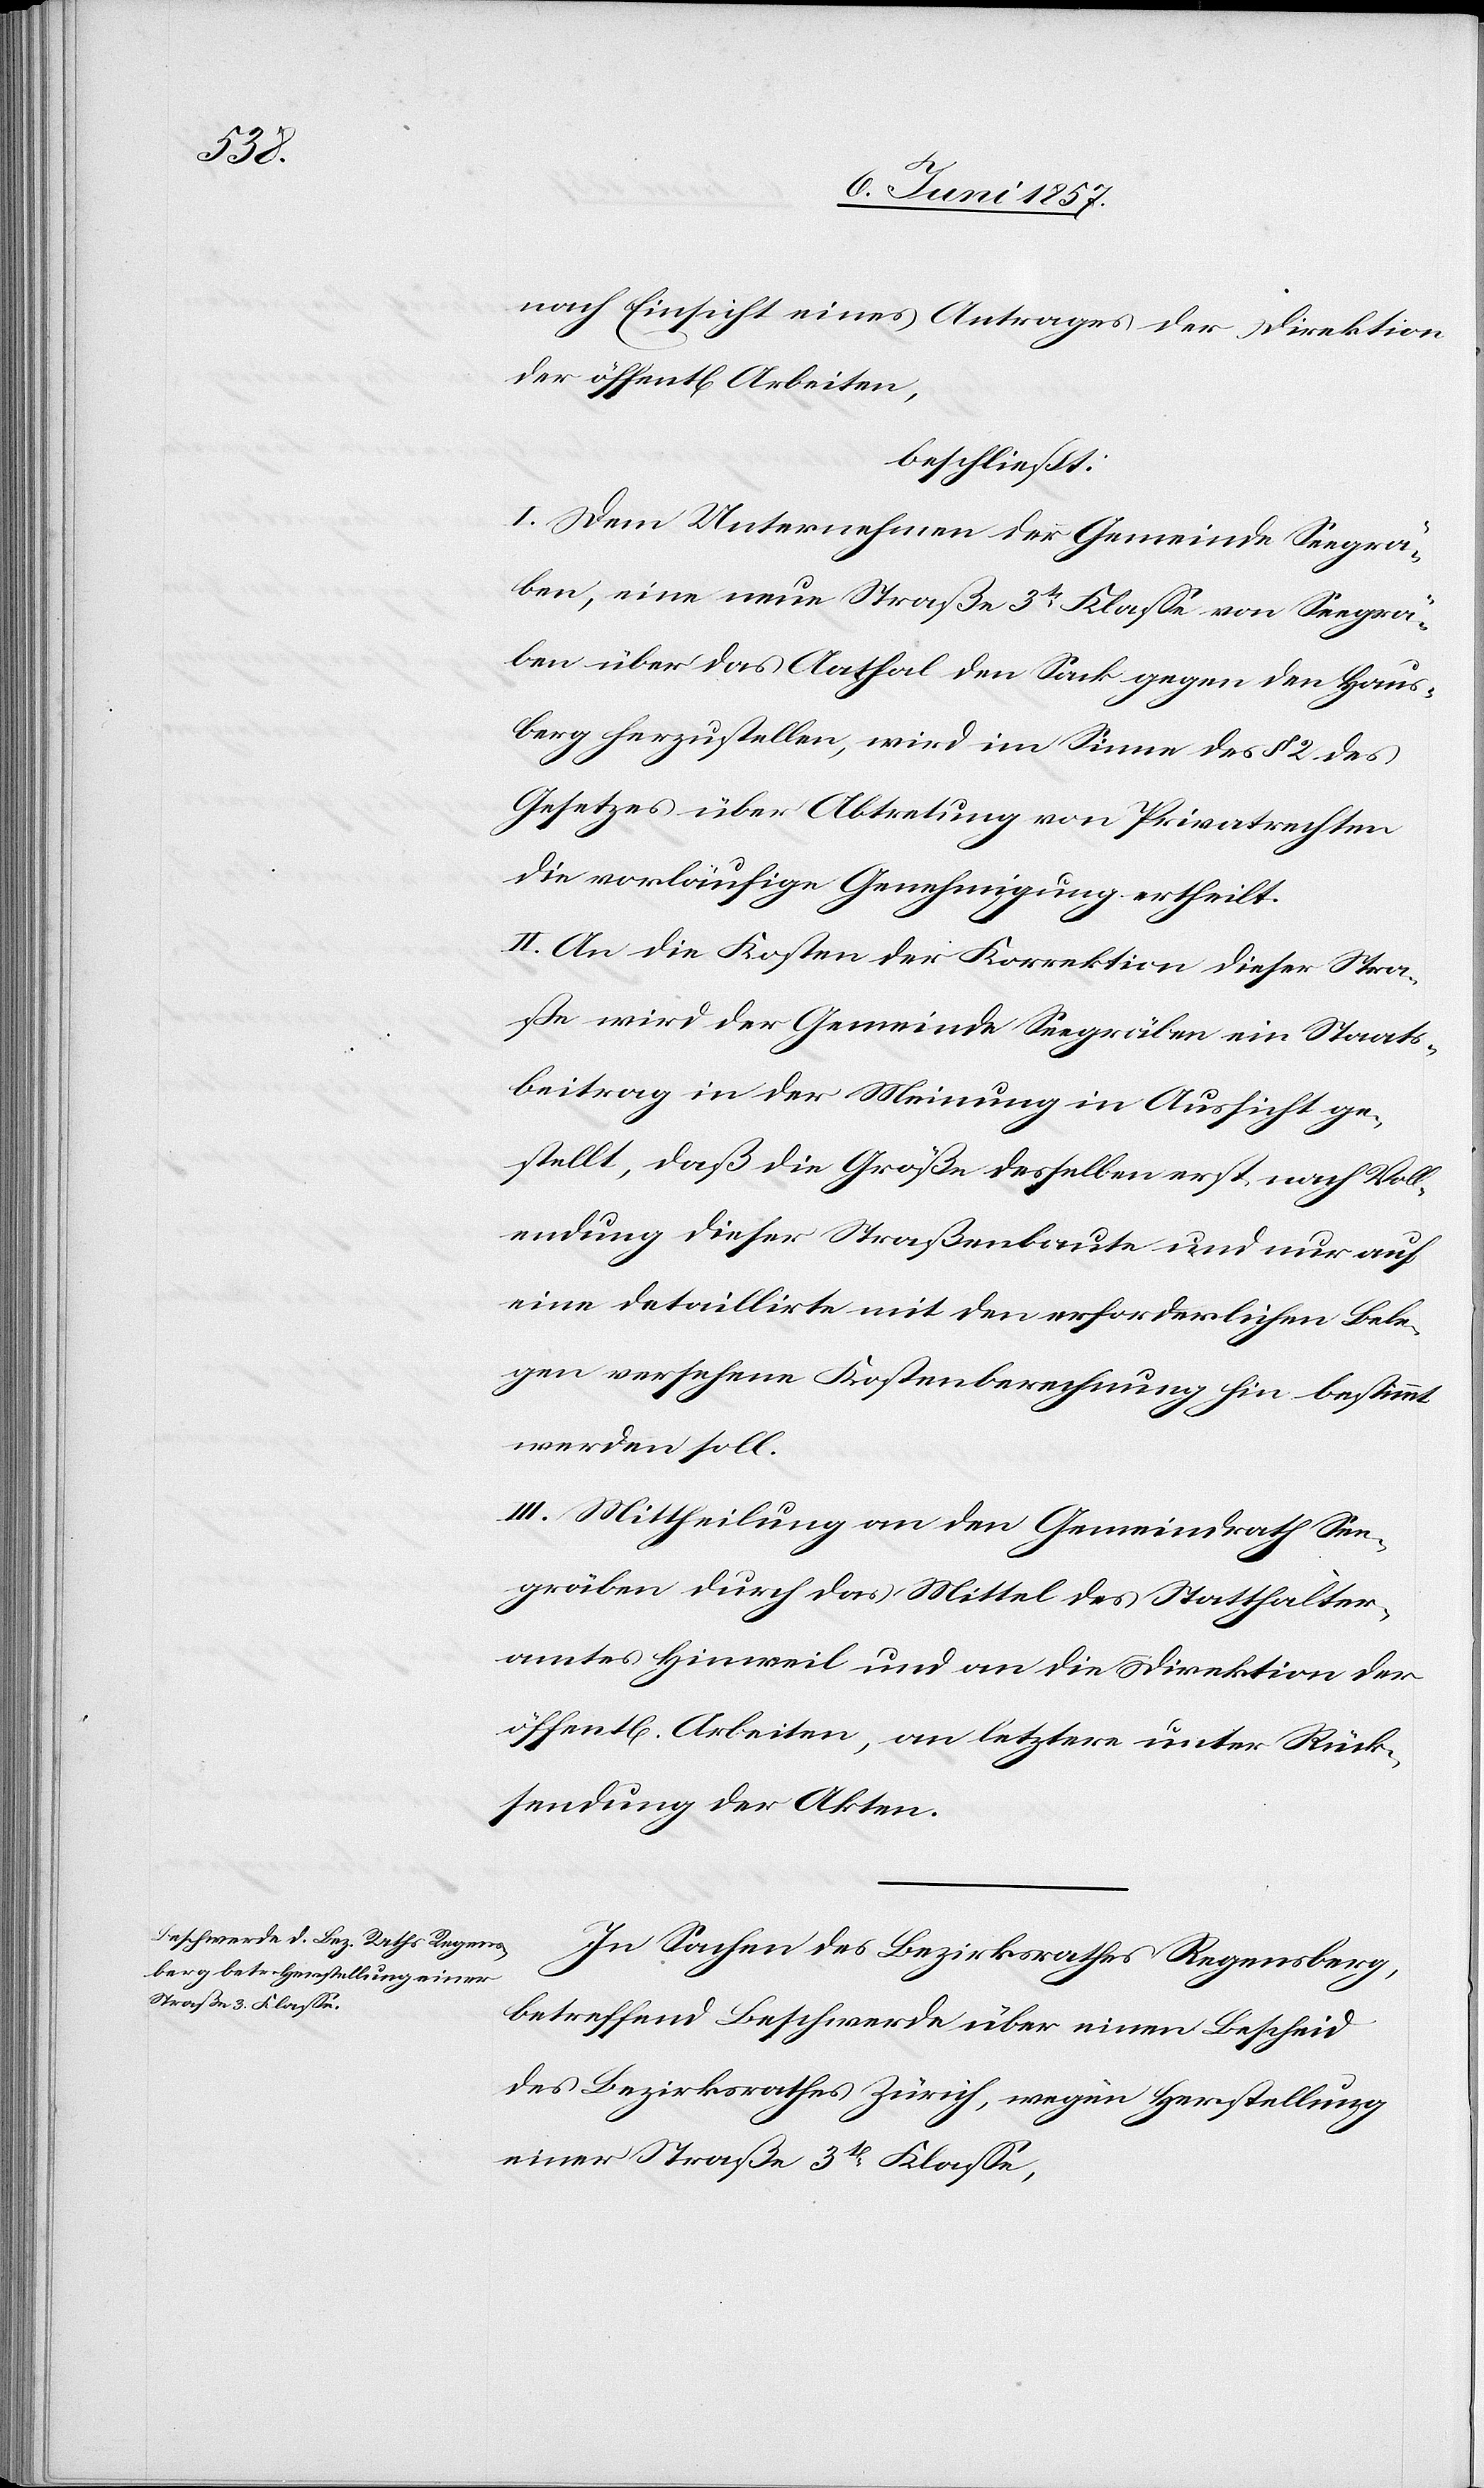
nach Einsicht eines Antrages der Direktion
der öffentl. Arbeiten,
beschließt:
I. Dem Unternehmen der Gemeinde Seegrä¬
ben, eine neue Straße 3tr Klasse von Seegrä¬
ben über das Aathal den Sack gegen den Haus¬
berg herzustellen, wird im Sinne des § 2 des
Gesetzes über Abtretung von Privatrechten
die vorläufige Genehmigung ertheilt.
II. An die Kosten der Korrektion dieser Stra¬
ße wird der Gemeinde Seegräben ein Staats¬
beitrag in der Meinung in Aussicht ge¬
stellt, daß die Größe desselben erst nach Voll¬
endung dieser Straßenbaute und nur auf
eine detaillirte mit den erforderlichen Bele¬
gen versehene Kostenberechnung hin bestimmt
werden soll.
III. Mittheilung an den Gemeindrath See¬
gräben durch das Mittel des Statthalter¬
amtes Hinweil und an die Direktion der
öffentl. Arbeiten, an letztere unter Rück¬
sendung der Akten.
In Sachen des Bezirksrathes Regensberg,
betreffend Beschwerde über einen Bescheid
des Bezirksrathes Zürich, wegen Herstellung
einer Straße 3tr Klasse,